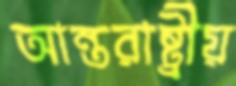
আন্তরাষ্ট্রীয়